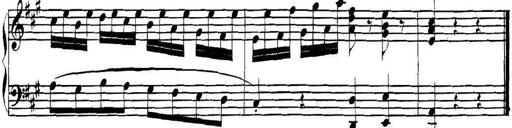
Title: Collected Piano Sonatas
Composer: Muzio Clementi